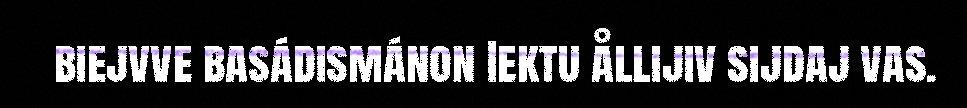
biejvve basádismánon Iektu ållijiv sijdaj vas.